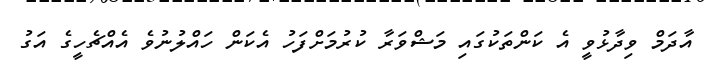
އާދަމް ވިދާޅުވީ އެ ކަންތަކުގައި މަޝްވަރާ ކުރުމަށްފަހު އެކަން ހައްލުނުވެ އެއްޗެހީގެ އަގު